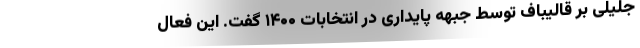
جلیلی بر قالیباف توسط جبهه پایداری در انتخابات ۱۴۰۰ گفت. این فعال